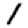
Digit: 1